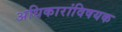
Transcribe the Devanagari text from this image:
अधिकारांविषयक